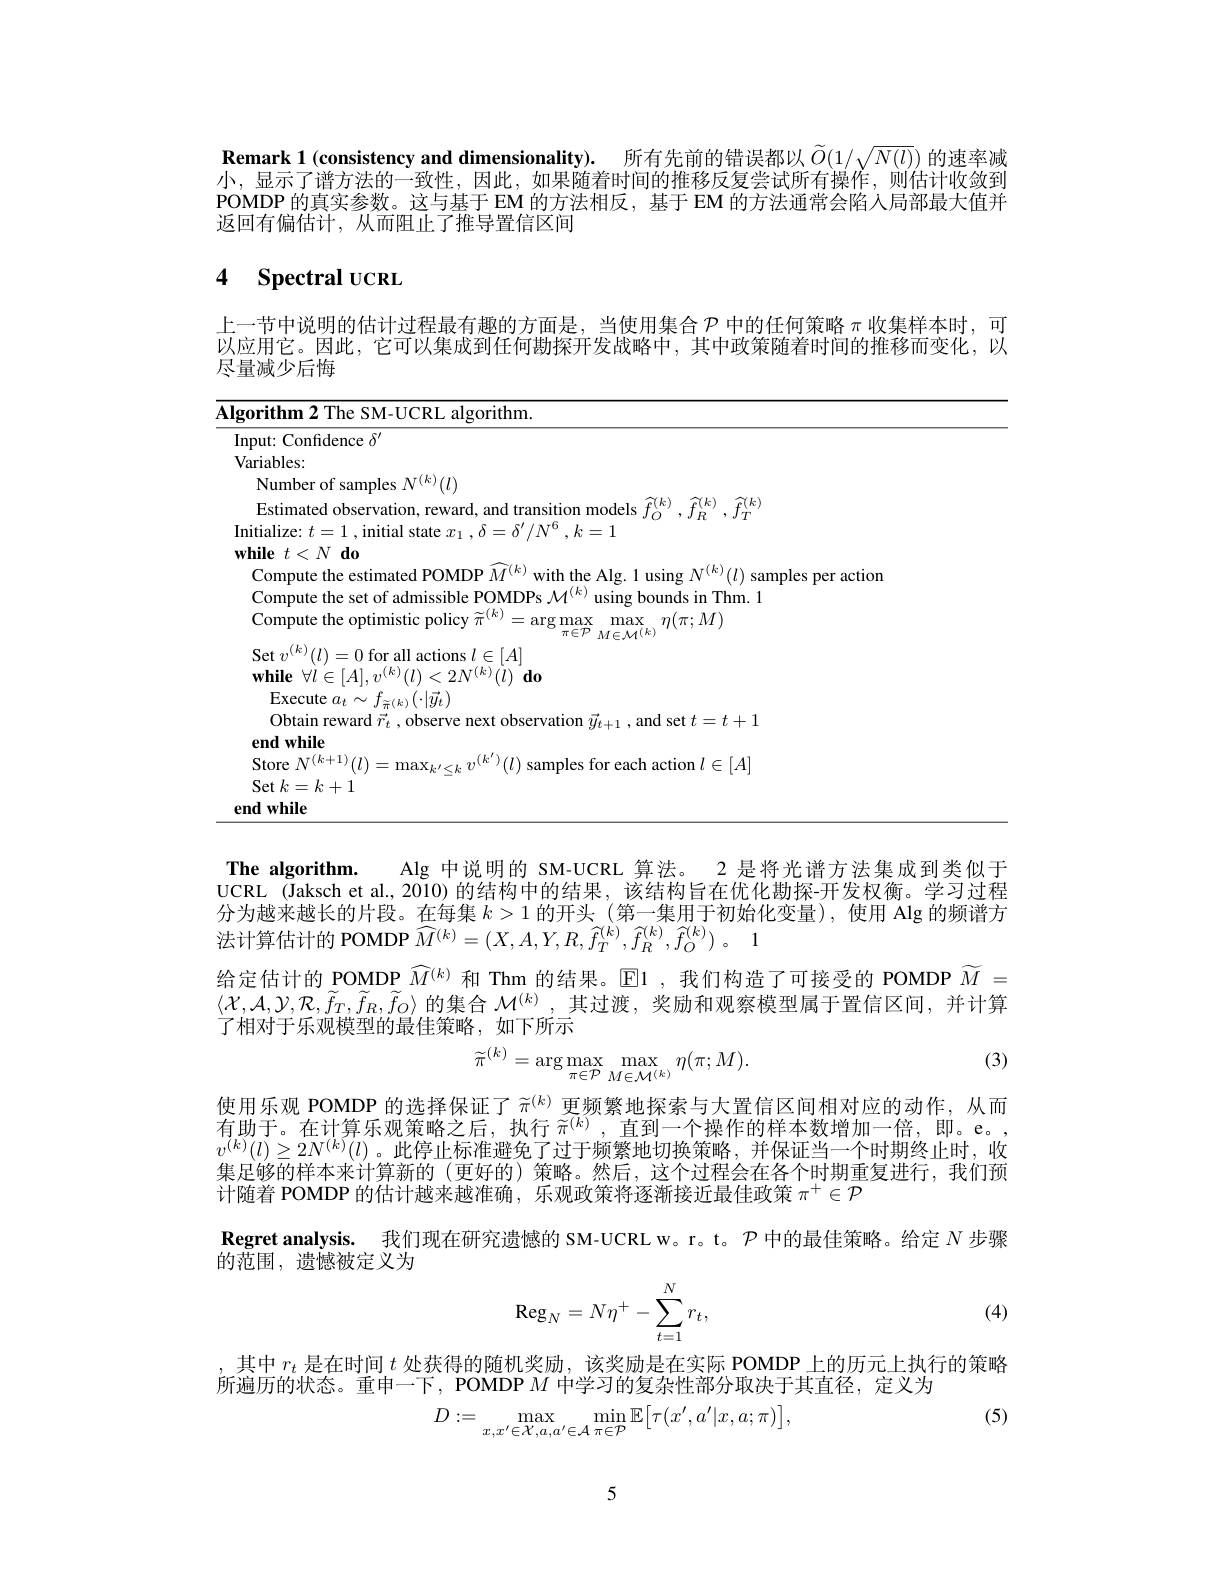
Remark 1 (consistency and dimensionality). 所有先前的错误都以$\widetilde{O}(1/\sqrt{N(l)})$的速率减小，显示了谱方法的一致性，因此，如果随着时间的推移反复尝试所有操作，则估计收敛到POMDP 的真实参数。这与基于 EM 的方法相反，基于 EM 的方法通常会陷入局部最大值并返回有偏估计，从而阻止了推导置信区间

# 4 Spectral UCRL

上一节中说明的估计过程最有趣的方面是，当使用集合$\mathcal{P}$中的任何策略$\pi$收集样本时，可以应用它。因此，它可以集成到任何勘探开发战略中，其中政策随着时间的推移而变化，以尽量减少后悔

<table>
	<tbody>
		<tr>
			<td>lgorithm 2 The S SM-TICRI. algorithm</td>
			<td>$\overline{\mathbf{Ig}}$ 1 10 </td>
			<td>$1m2$ The C SM- IICRL ${\overline{{\mathrm{algorithm}}}}$</td>
		</tr>
		<tr>
			<td>Input: Confidence $\delta^{\prime}$</td>
			<td>In T 1</td>
			<td>Confidence $\delta ^{\prime }$</td>
		</tr>
		<tr>
			<td>Variables: </td>
			<td>$V:$ 1 C</td>
			<td>,les: </td>
		</tr>
		<tr>
			<td>Number of samples $N^{(k)}(l)$</td>
			<td> </td>
			<td>mber of samples $N^{(k)}(l)$</td>
		</tr>
		<tr>
			<td>Fstimated $\hat{r}(k)$ $.7k1$ $.7k$</td>
			<td> </td>
			<td>$.1k$ $.7k1$ $\tilde{r}(k$</td>
		</tr>
		<tr>
			<td>Initialize: $t= 1$ , initial state $x_1$ , $\delta = \delta ^{\prime }/ N^6$ $, k= 1$ $\textbf{while}t< N\textbf{do}$</td>
			<td>$In$ $W$</td>
			<td>ize: $t= 1$ , initial state $x_1$ $, \delta = \delta ^{\prime }/ N^{\mathrm{o} }$ $, k= 1$ $d0$</td>
		</tr>
		<tr>
			<td>d PriMinp $1,\boldsymbol{r}(k$ mnute the estımate</td>
			<td> </td>
			<td>IAMIN $1d(k$ actior nnitef</td>
		</tr>
		<tr>
			<td> </td>
			<td> </td>
			<td> </td>
		</tr>
		<tr>
			<td>Compute the optimistic policy $\{k$ rgmax max $n(\pi\colon M$</td>
			<td> </td>
			<td>$1k$ ${\mathrm{npute~the~optimistic~p}}$ nolic max max $n(\pi\colon M$</td>
		</tr>
		<tr>
			<td>$\operatorname{Set}v^{(k)}(l)=0$ for all actions $l\in[A]$ $\mathbf{while}$ $\forall \dot{l} \in [ A] , v^{( k) }( l) < 2N^{( k) }( \dot{l} )$ $\mathbf{do}$</td>
			<td> </td>
			<td>$v^{(k)}(l)=0$ for all actions $l\in[A]$ $\dot{l}\in[A],v^{(k)}(l)<2N^{(k)}(l)$do</td>
		</tr>
		<tr>
			<td>Execute $a_t$</td>
			<td> </td>
			<td>xecute $:a_{t}\sim$</td>
		</tr>
		<tr>
			<td>Obtain reward $\vec{r}_t$,observe next observation $\vec{y}_t+1$, and set $t=t+1$ end while</td>
			<td> </td>
			<td>0btain reward $\vec{r} _t$ ,observe next observation $\vec{y}_{t+1}$ ,and set $t=t+1$ while</td>
		</tr>
		<tr>
			<td>Store $N^{(k+1)}(l^{)}$ max les for each action $l\in | A|$</td>
			<td> </td>
			<td>nles for each action $L\in | A|$</td>
		</tr>
		<tr>
			<td>endwhilo</td>
			<td>0 T</td>
			<td>$iil_{c}$</td>
		</tr>
	</tbody>
</table>

The algorithm. Alg 中说明的 SM-UCRL 算法。2 是将光谱方法集成到类似于UCRL (Jaksch et al., 2010) 的结构中的结果，该结构旨在优化勘探-开发权衡。学习过程分为越来越长的片段。在每集$k>1$的开头 (第一集用于初始化变量),使用 Alg 的频谱方法计算估计的 POMDP $\widehat{M} ^{( k) }= ( X, A, Y, R, \widehat{f} _{T}^{( k) }, \widehat{f} _{R}^{( k) }, \widehat{f} _{O}^{( k) })$ 。1
给定估计的 POMDP $\widehat{M}^{(k)}$和 Thm 的结果。$\operatorname{El}$ ,我们构造了可接受的 POMDP $\widetilde{M}=$ $\langle\mathcal{X},\mathcal{A},\mathcal{Y},\mathcal{R},\tilde{f}_T,\tilde{f}_R,\tilde{f}_O\rangle$的集合$\mathcal{M}^{(k)}$,其过渡，奖励和观察模型属于置信区间，并计算了相对于乐观模型的最佳策略，如下所示

(3)
$$\widetilde{\pi}^{(k)}=\arg\max_{\pi\in\mathcal{P}}\max_{M\in\mathcal{M}^{(k)}}\eta(\pi;M).$$
使用乐观 POMDP 的选择保证了$\tilde{\pi}^{(k)}$更频繁地探索与大置信区间相对应的动作，从而有助于。在计算乐观策略之后，执行$\tilde{\pi}^{(k)}$,直到一个操作的样本数增加一倍，即。e。, $v^{(k)}(l)\geq2N^{(k)}(l)$。此停止标准避免了过于频繁地切换策略，并保证当一个时期终止时，收集足够的样本来计算新的(更好的)策略。然后，这个过程会在各个时期重复进行，我们预计随着 POMDP 的估计越来越准确，乐观政策将逐渐接近最佳政策$\pi^+\in\mathcal{P}$
Regret analysis. 我们现在研究遗憾的 SM-UCRL w。r。t。$\mathcal{P}$中的最佳策略。给定$N$步骤
的范围，遗憾被定义为
$$\text{Reg}_N=N\eta^+-\sum_{t=1}^Nr_t,$$
(4)

,其中$r_t$是在时间$t$处获得的随机奖励，该奖励是在实际 POMDP 上的历元上执行的策略
所遍历的状态。重申一下，POMDP $M$中学习的复杂性部分取决于其直径，定义为

(5)
$$D:=\max_{x,x'\in\mathcal{X},a,a'\in\mathcal{A}}\min_{\pi\in\mathcal{P}}\mathbb{E}\big[\tau(x',a'|x,a;\pi)\big],$$
5